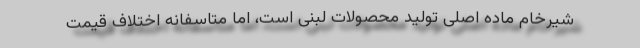
شیرخام ماده اصلی تولید محصولات لبنی است، اما متاسفانه اختلاف قیمت